Report on the cultivation and use of ganja
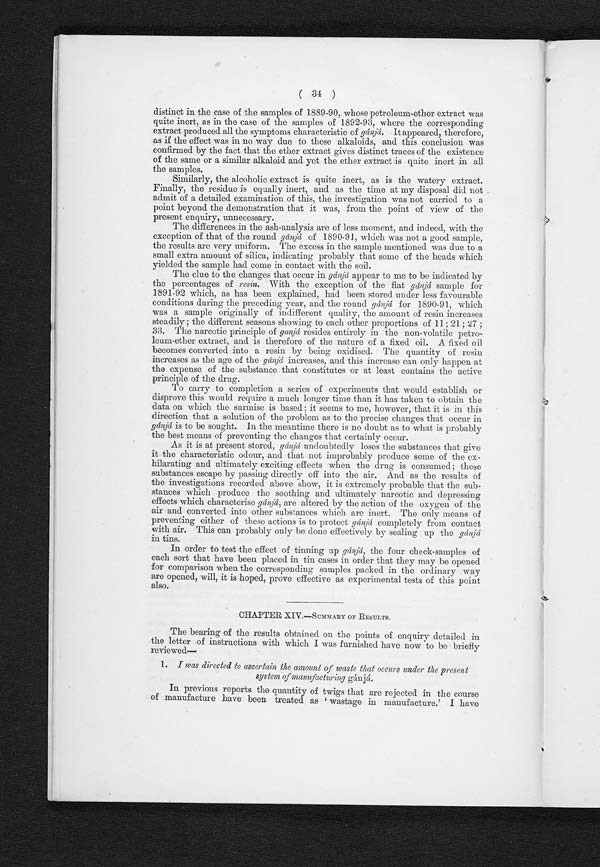
( 35 )
ventured to express the opinion that this ought not to be considered as waste.
It is a matter which affects the cultivator in his relations with the dealer, and, as
has been shown, the quantity rejected by the dealer when he purchases the crop
and manufactures it is always greater than the quantity rejected by the cultiva-
tor when he manufactures the article. Whether there is in this a hardship to the
cultivator will depend on whether the dealer purchases the crop outright as it
stands in the field, or pays for it by the outturn of the manufactured article. As
to this the cultivator may be left to take care of himself. These remarks apply
only to 'round ' gánjá, with respect to which these various modes of dealing pre-
vail. But it is worth noting, as bearing out the opinion that there is no real
waste in the matter, that from 'round' gánjá which, from its mode of manufac-
ture, is at all stages more carefully inspected than 'flat,' the cultivators them-
selves reject twigs more freely than from the other, simply because they are with
it better able to see the poor ones as the process of manufacture goes on. There
is doubtless a small loss in duty to Government when careful selection is made
by the cultivators, as less inert matter is then brought up for weighment. But
this loss is trifling compared with what accrues from the duty not being assess-
ed on the scale of the natural relationship of the various forms of gánjá export-
ed. A similar cause of 'waste' is due to the occasional manufacture of gánjá
from immature hemp ; this too must, I think, be left entirely to be regulated by
the trade.
Chúr has also sometimes been looked upon as a waste product. I have
endeavoured to show that this view is not only without foundation, but is com-
pletely opposed to the true facts of the case. I believe that it has been demon-
strated that chúr . is the most valuable to the dealer of all the substances exported,
both in itself and because of the facilities which taking the gánjá in this form
give him for decreasing the amount of duty he has to pay. And I have attempt-
ed to demonstrate how serious in this case has been the loss to Government owing
to deviation from the natural scale of which I have spoken.
The only serious waste—and it is a serious one—is the loss of the 'active
resin' that results, and must always result, from the present system of manufac-
ture owing to collection of resin on the feet and hands of the gánjá-makers.
Whether, if the system now in force should continue, it would. be possible to
collect and export this 'resin' as a form of charas it is difficult to say. The loss is
considerable, and I have given my reasons for believing that it amounts to at
least 10 per cent. of the whole resin in the drug. Unless, however, a demand for
the article were to spring up, I think it would be better to continue the present
practice of not recognising it as a product of gánjá. This, however, is a point
on which the opinion of the officers of the Gánjá Department must of necessity
be much more valuable than mine.
The loss from this cause would be much diminished if a somewhat
different system of maufacture could be adopted. The objects aimed at by the
manufacturer are to get rid of the leaves and also to get the resin-bearing parts
of the flower-tops to adhere. To attain these he has to cut the plant as soon as
it has become sufficiently mature ; if he waits longer the resin-bearing parts are
brittle and the flower-tops fall to pieces before they can become agglutinated.
If, however, the gánjá plant be left in the field a little longer, the leaves are more
easily removed, and if, instead of being kneaded together by the feet, the flower-
tops are subjected to steady mechanical pressure, their parts do not fall away,
but agglutinate into a homogeneous mass. This or some similar modification of
the present mode of manufacture would probably be found advisable in the
event of Government growing its own hemp as a source of medicine.
2. I was directed to ascertain by experiment how the active principle of the drug
can best be obtained; whether, in order to do this, it would be necessary to keep
the flowers with the leaves and stock, or whether the flowers could be separated
at once and preserved apart either in scaled tins or otherwise ; and if so, what
reduction in bulk would result therefrom.
From the experiments undertaken by me it appears to be quite unnecessary
to keep the flowering-tops with the stock. The stock is inert, as is shown by
its never being retained at all 'round' gánjá, and by a considerable quantity
of 'flat'g á n j á
, i n w h i c h t h e s t o c k i s l e f t , b e i n g a n u a l ly
c o n v e r t e d
i n t o ' t
w i g . '
F 2